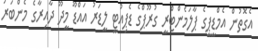
އެގޮތުން އެމްޑީޕީގެ ޕާލަމެންޓްރީ ގުރޫޕްގެ ޑެޕިއުޓީ ލީޑަރު އައްޑޫ މީދޫ ދާއިރާގެ މެންބަރު